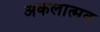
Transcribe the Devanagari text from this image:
अकलात्मक